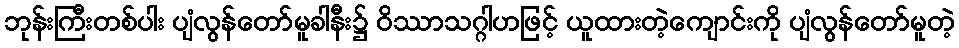
ဘုန်းကြီးတစ်ပါး ပျံလွန်တော်မူခါနီး၌ ဝိဿာသဂ္ဂါဟဖြင့် ယူထားတဲ့ကျောင်းကို ပျံလွန်တော်မူတဲ့